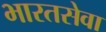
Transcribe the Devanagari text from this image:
भारतसेवा